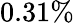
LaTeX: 0.31\%